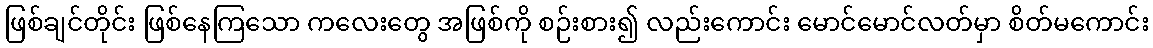
ဖြစ်ချင်တိုင်း ဖြစ်နေကြသော ကလေးတွေ အဖြစ်ကို စဉ်းစား၍ လည်းကောင်း မောင်မောင်လတ်မှာ စိတ်မကောင်း